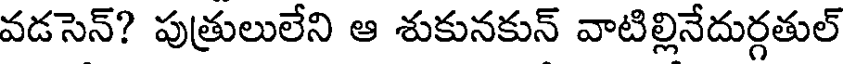
వడసెన్? పుత్రులులేని ఆ శుకునకున్ వాటిల్లినేదుర్గతుల్